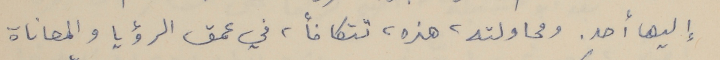
إليها أحد. ومحاولته، هذه، تتكافاً، في عمق الرؤيا والمعاناة